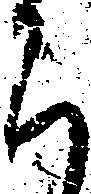
ち